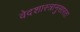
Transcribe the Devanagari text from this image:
वेदशास्त्रानुसारतः